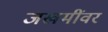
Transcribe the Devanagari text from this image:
जखमींवर